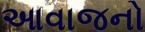
આવાજનો